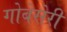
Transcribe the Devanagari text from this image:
गोबेसेरी